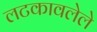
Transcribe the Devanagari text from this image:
लटकावलेले